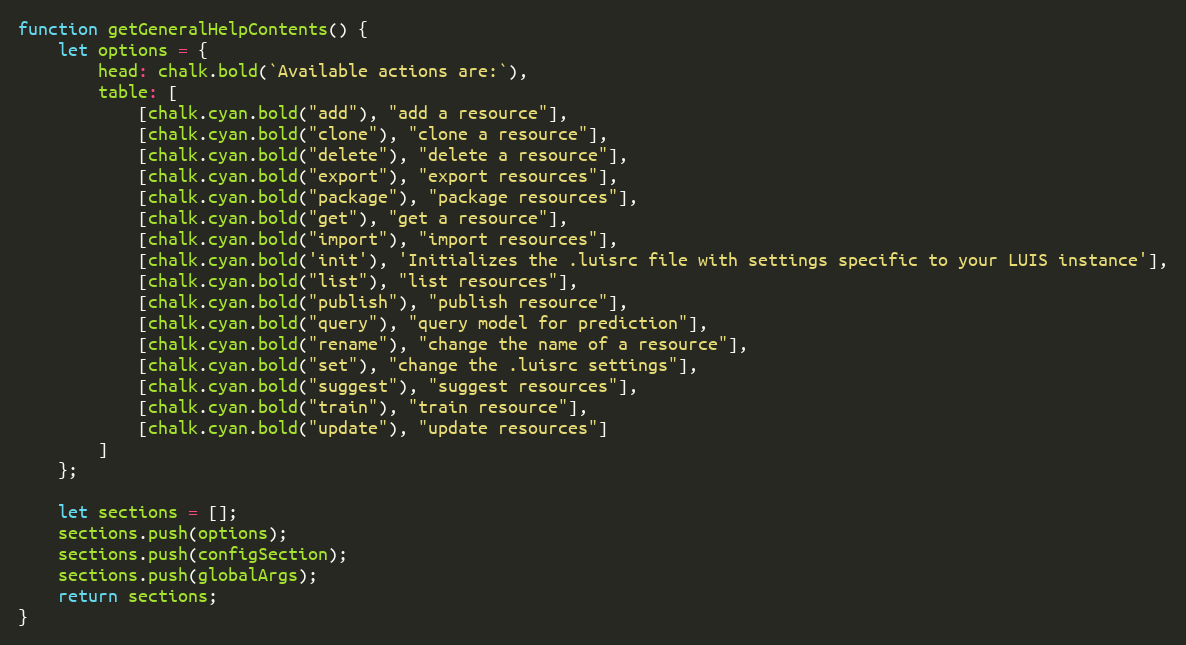
Language: JavaScript
function getGeneralHelpContents() {
    let options = {
        head: chalk.bold(`Available actions are:`),
        table: [
            [chalk.cyan.bold("add"), "add a resource"],
            [chalk.cyan.bold("clone"), "clone a resource"],
            [chalk.cyan.bold("delete"), "delete a resource"],
            [chalk.cyan.bold("export"), "export resources"],
            [chalk.cyan.bold("package"), "package resources"],
            [chalk.cyan.bold("get"), "get a resource"],
            [chalk.cyan.bold("import"), "import resources"],
            [chalk.cyan.bold('init'), 'Initializes the .luisrc file with settings specific to your LUIS instance'],
            [chalk.cyan.bold("list"), "list resources"],
            [chalk.cyan.bold("publish"), "publish resource"],
            [chalk.cyan.bold("query"), "query model for prediction"],
            [chalk.cyan.bold("rename"), "change the name of a resource"],
            [chalk.cyan.bold("set"), "change the .luisrc settings"],
            [chalk.cyan.bold("suggest"), "suggest resources"],
            [chalk.cyan.bold("train"), "train resource"],
            [chalk.cyan.bold("update"), "update resources"]
        ]
    };

    let sections = [];
    sections.push(options);
    sections.push(configSection);
    sections.push(globalArgs);
    return sections;
}